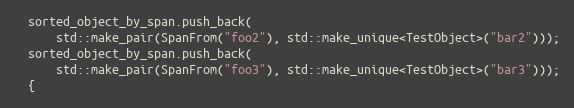
Language: C++
  sorted_object_by_span.push_back(
      std::make_pair(SpanFrom("foo2"), std::make_unique<TestObject>("bar2")));
  sorted_object_by_span.push_back(
      std::make_pair(SpanFrom("foo3"), std::make_unique<TestObject>("bar3")));
  {